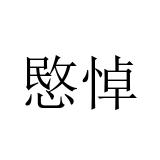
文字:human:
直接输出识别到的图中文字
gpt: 愍悼